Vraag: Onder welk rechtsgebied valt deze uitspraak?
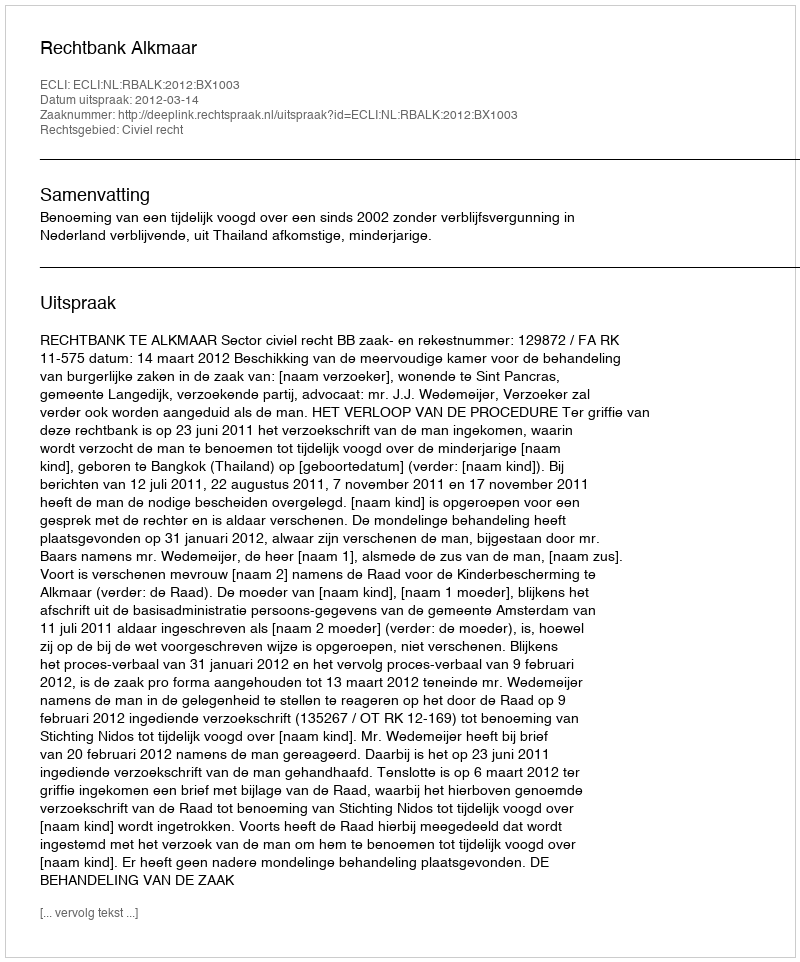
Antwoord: Civiel recht